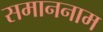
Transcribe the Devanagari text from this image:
समाननाम